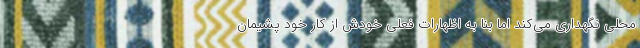
محلی نگهداری می‌کند اما بنا به اظهارات فعلی خودش از کار خود پشیمان